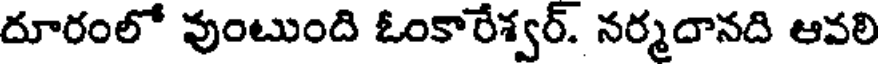
దూరంలో వుంటుంది ఓంకారేశ్వర్. నర్మదానది ఆవలి